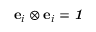
\mathbf { e } _ { i } \otimes \mathbf { e } _ { i } = { \boldsymbol { \mathit { 1 } } }